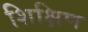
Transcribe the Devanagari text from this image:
शिक्षिण